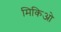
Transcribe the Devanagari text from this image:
मिकिओ